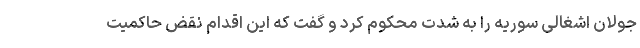
جولان اشغالی سوریه را به شدت محکوم کرد و گفت که این اقدام نقض حاکمیت